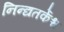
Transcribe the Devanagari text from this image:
निन्द्यतर्केश्च